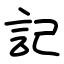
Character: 記